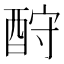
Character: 酧